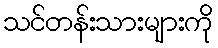
သင်တန်းသားများကို